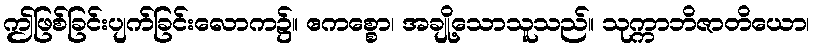
ဤဖြစ်ခြင်းပျက်ခြင်းလောက၌။ ဧကစ္စော၊ အချို့သောသူသည်။ သုက္ကာဘိဇာတိယော၊